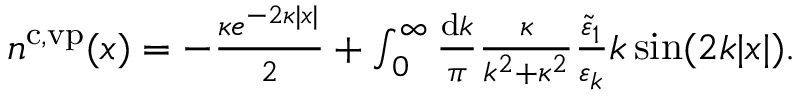
\begin{array} { r } { n ^ { \ensuremath { \mathrm { c } } , \ensuremath { \mathrm { v p } } } ( x ) = - \frac { \kappa e ^ { - 2 \kappa | x | } } { 2 } + \int _ { 0 } ^ { \infty } \frac { \ensuremath { \mathrm { d } } k } { \pi } \frac { \kappa } { k ^ { 2 } + \kappa ^ { 2 } } \frac { \tilde { \varepsilon } _ { 1 } } { \varepsilon _ { k } } k \sin ( 2 k | x | ) . } \end{array}